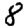
Digit: 8